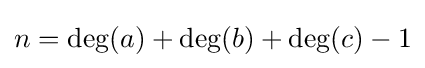
n=\deg(a)+\deg(b)+\deg(c)-1